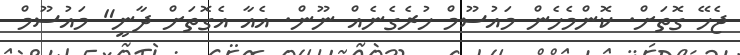
ޖެހޭ ގޮތަށް. ކޮންމެހެން މައުސޫމް ހުރެގެނެއް ނޫން. އެއާ އެގޮތަށް ދާނީ" މައުސޫމް